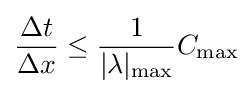
{\frac {\Delta t}{\Delta x}}\leq {\frac {1}{|\lambda |_{\max }}}C_{\max }